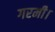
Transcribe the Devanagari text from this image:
गरमी।